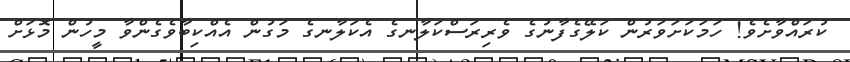
ކުރައްވާށެވެ! ހަމަކަށަވަރުން ކަލޭގެފާނުގެ ވެރިރަސްކަލާނގެ އެކަލާނގެ މަގުން އެއްކިބާވެގެންވާ މީހުން މޮޅަށް